Vaccination Hyderabad 1890-1903 - 1890-1903
Year: 1890
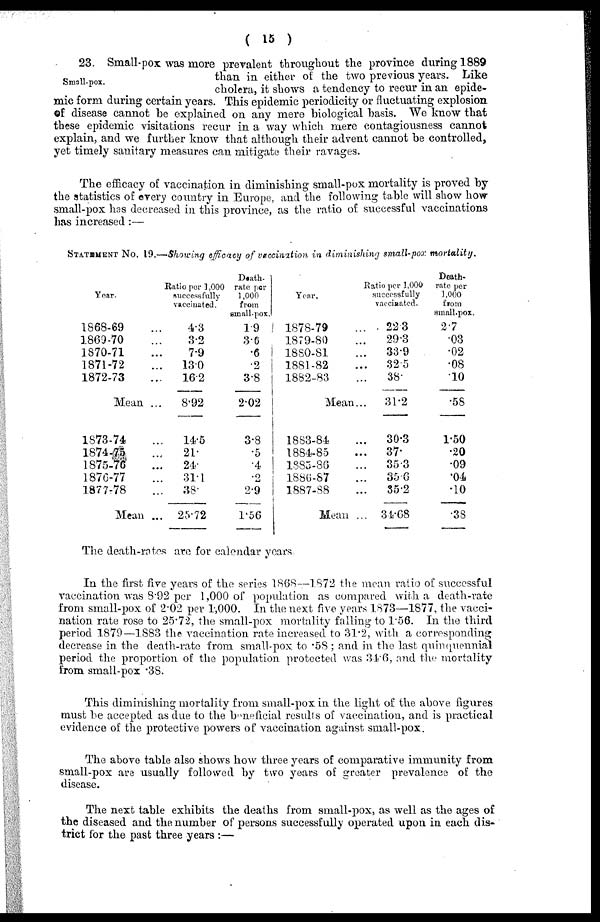
( 15 )
Small-pox.
23. Small-pox was more prevalent throughout the province during 1889
than in either of: the two previous years. Like
cholera, it shows a tendency to recur in an epide-
mic form during certain years. This epidemic periodicity or fluctuating explosion
of disease cannot be explained on any mere biological basis. We know that
these epidemic visitations recur in a way which mere contagiousness cannot
explain, and we further know that although their advent cannot be controlled,
yet timely sanitary measures can mitigate their ravages.
The efficacy of vaccination in diminishing small-pox mortality is proved by
the statistics of every country in Europe, and the following table will show how
small-pox has decreased in this province, as the ratio of successful vaccinations
has increased:—
STATEMENT No. 19.—Showing efficacy of vaccination in diminishing small-pox mortality.
Year.
1868-69 ...
1869-70 ...
1870-71 ...
1871-72 ...
1872-73 ...
Mean ...
1873-74 ...
1874-75 ...
1875-76 ...
1876-77 ...
1877-78 ...
Mean ...
Ratio per 1,000
successfully
vaccinated.
4.3
3.2
7.9
13.0
16.2
8.92
14.5
21.
24.
31.1
38.
25.72
Death-
rate per
1,000
from
small-pox.
1.9
3.6
.6
.2
3.8
2.02
3.8
.5
.4
.2
2.9
1.56
Year.
1878-79 ...
1879-80 ...
1880-81 ...
1881-82 ...
1882-83 ...
Mean...
1883-84 ...
1884-85 ...
1885-86 ...
1886-87 ...
1887-88 ...
Mean ...
Ratio per 1,000
successfully
vaccinated.
22.3
29.3
33.9
32.5
38.
31.2
30.3
37.
35.3
35.6
35.2
34.68
Death-
rate per
1,000
from
small-pox.
2.7
.03
.02
.08
.10
.58
1.50
.20
.09
.04
.10
.38
The death-rates are for calendar years.
In the first five years of the series 1868—1872 the mean ratio of successful
vaccination was 8.92 per 1,000 of population as compared with a death-rate
from small-pox of 2.02 per 1,000. In the next five years 1873—1877, the vacci-
nation rate rose to 25.72, the small-pox mortality falling to 1.56. In the third
period 1879—1883 the vaccination rate increased to 31.2, with a corresponding
decrease in the death-rate from small-pox to .58 ; and in the last quinquennial
period the proportion of the population protected was 34.6, and the mortality
from small-pox .38.
This diminishing mortality from small-pox in the light of the above figures
must be accepted as due to the beneficial results of vaccination, and is practical
evidence of the protective powers of vaccination against small-pox.
The above table also shows how three years of comparative immunity from
small-pox are usually followed by two years of greater prevalence of the
disease.
The next table exhibits the deaths from small-pox, as well as the ages of
the diseased and the number of persons successfully operated upon in each dis-
trict for the past three years :—